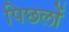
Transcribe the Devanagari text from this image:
पिछलों